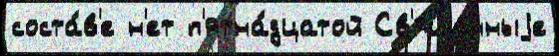
соста́в'е н'ет п'ятна́дцатой Св'яще́нныjе